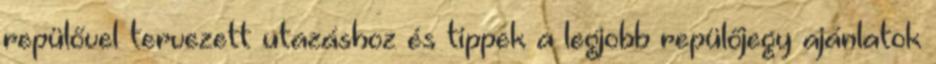
repülővel tervezett utazáshoz és tippek a legjobb repülőjegy ajánlatok